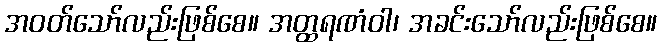
အဝတ်သော်လည်းဖြစ်စေ။ အတ္ထရဏံဝါ၊ အခင်းသော်လည်းဖြစ်စေ။